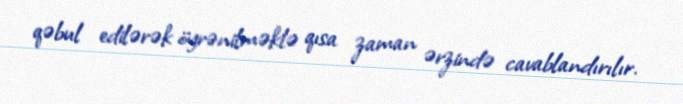
qəbul edilərək öyrənilməklə qısa zaman ərzində cavablandırılır.